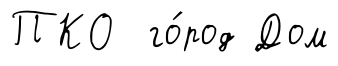
ПКО го́род Дом